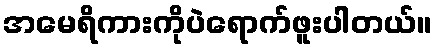
အမေရိကားကိုပဲရောက်ဖူးပါတယ်။